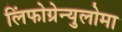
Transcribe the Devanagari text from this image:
लिंफोग्रेन्युलोमा